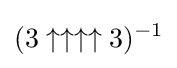
(3\uparrow \uparrow \uparrow \uparrow 3)^{-1}